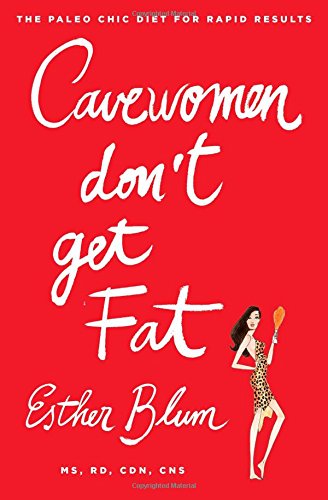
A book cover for Cavewomen Don't Get Fat: The Paleo Chic Diet for Rapid Results; Esther Blum; Health, Fitness & Dieting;